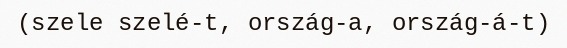
(szele szelé-t, ország-a, ország-á-t)